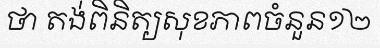
ថា តង់ពិនិត្យសុខភាពចំនួន១២